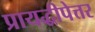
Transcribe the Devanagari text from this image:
प्रायद्धीपेत्तर